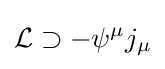
{\mathcal {L}}\supset -\psi ^{\mu }j_{\mu }